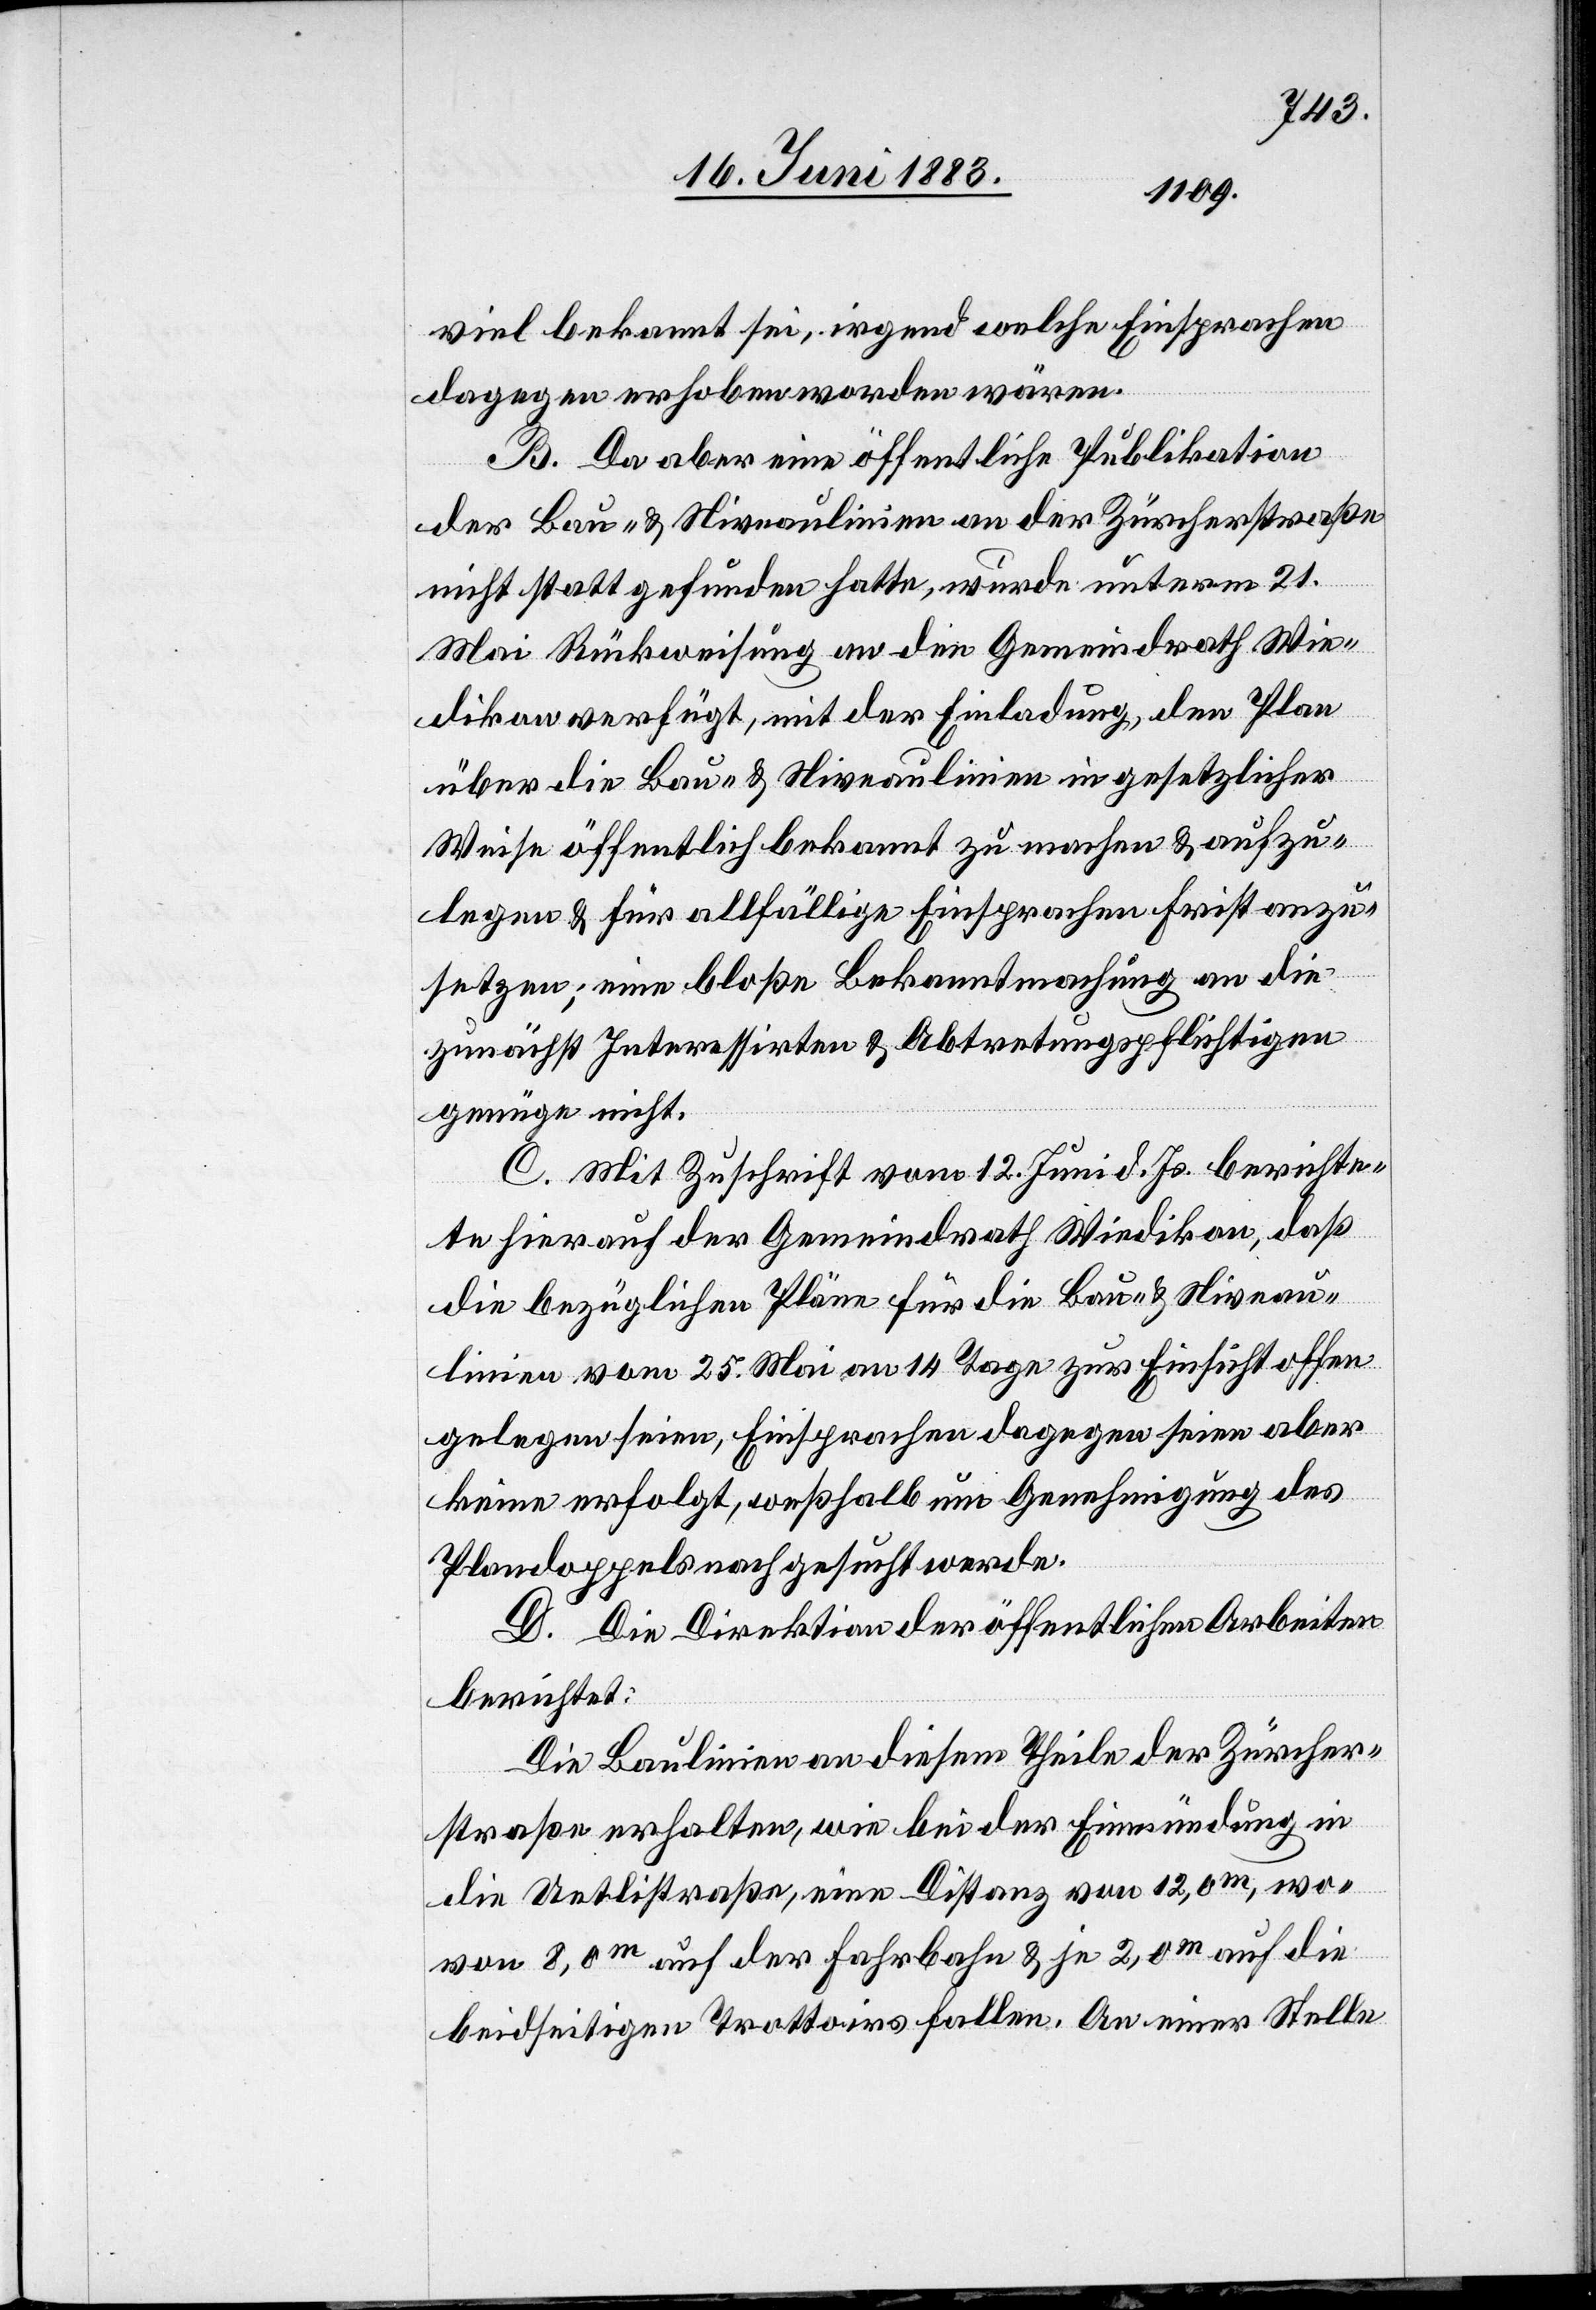
viel bekannt sei, irgend welche Einsprachen
dagegen erhoben worden wären.
B. Da aber eine öffentliche Publikation
der Bau- & Niveaulinien an der Zürcherstraße
nicht stattgefunden hatte, wurde unterm 21.
Mai Rückweisung an den Gemeindrath Wie¬
dikon verfügt, mit der Einladung, den Plan
über die Bau- & Niveaulinien in gesetzlicher
Weise öffentlich bekannt zu machen & aufzu¬
legen & für allfällige Einsprachen Frist anzu¬
setzen; eine bloße Bekanntmachung an die
zunächst Interessirten & Abtretungspflichtigen
genüge nicht.
C. Mit Zuschrift vom 12. Juni d. Js. berichte¬
te hierauf der Gemeindrath Wiedikon, daß
die bezüglichen Pläne für die Bau- & Niveau¬
linien vom 25. Mai an 14 Tage zur Einsicht offen¬
gelegen seien, Einsprachen dagegen seien aber
keine erfolgt, weßhalb um Genehmigung des
Plandoppels nachgesucht werde.
D. Die Direktion der öffentlichen Arbeiten
berichtet:
Die Baulinien an diesem Theile der Zürcher¬
straße erhalten, wie bei der Einmündung in
die Uetlistraße, eine Distanz von 12,0m, wo¬
von 8,0m auf der Fahrbahn & je 2,0m auf die
beidseitigen Trottoirs fallen. An einer Stelle